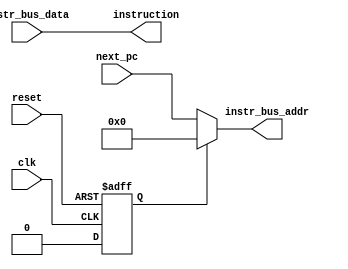
module instruction_bus_control_unit(
    input clk,
    input reset,

    input [31:0] next_pc,
    output [31:0] instruction,

    // === Instruction bus
    input [31:0] instr_bus_data,
    output [31:0] instr_bus_addr
);

// Whether we are in the first CPU cycle.
reg first_cycle;

always @(posedge clk or negedge reset) begin
    if(!reset) begin
        first_cycle <= 1'b1;    
    end
    else begin
        first_cycle <= 1'b0;
    end
end

// For the first instruction, next_pc is still invalid, so we have to force the address to zero.
// (Or whatever the boot address is)
assign instr_bus_addr = first_cycle ? 32'h0 : next_pc;

// The current instruction is stored in a register in the program memory module, for ease of implementation.
assign instruction = instr_bus_data;

endmodule